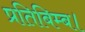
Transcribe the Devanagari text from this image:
प्रतिबिम्ब।